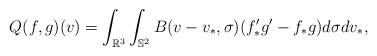
LaTeX: \begin{align*}Q(f,g)(v)=\int_{\mathbb{R}^3}\int_{\mathbb{S}^2} B(v-v_*,\sigma) (f_*'g'-f_*g)d\sigma dv_*,\end{align*}